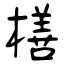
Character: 橏